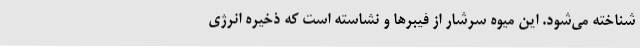
شناخته می‌شود. این میوه سرشار از فیبرها و نشاسته است که ذخیره انرژی